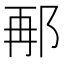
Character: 𮟸